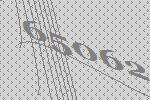
65062